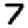
Digit: 7